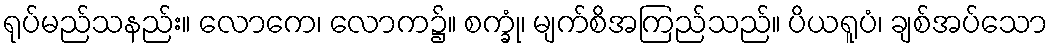
ရုပ်မည်သနည်း။ လောကေ၊ လောက၌။ စက္ခုံ၊ မျက်စိအကြည်သည်။ ပိယရူပံ၊ ချစ်အပ်သော